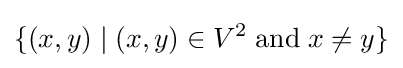
\{(x,y)\mid (x,y)\in V^{2}\;{\textrm {and}}\;x\neq y\}